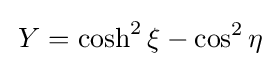
\,Y=\cosh ^{2}\xi -\cos ^{2}\eta